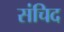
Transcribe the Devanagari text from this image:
संचिद